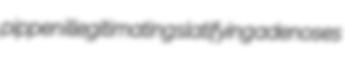
pippen illegitimating slatifying adenoses